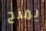
يمنح